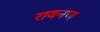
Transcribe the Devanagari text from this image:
रावनण